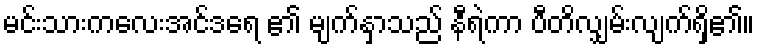
မင်းသားကလေးအင်ဒရေ ၏ မျက်နှာသည် နီရဲကာ ပီတိလျှမ်းလျက်ရှိ၏။